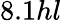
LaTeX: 8.1hl